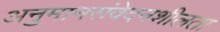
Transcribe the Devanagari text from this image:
अनुमानसंवेदनशीलता